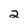
Character: 2